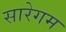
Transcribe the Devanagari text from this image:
सारेगम